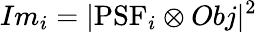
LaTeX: Im_{i}=|\textrm{PSF}_{i}\otimes Obj|^{2}